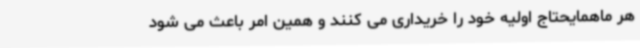
هر ماهمایحتاج اولیه خود را خریداری می کنند و همین امر باعث می شود